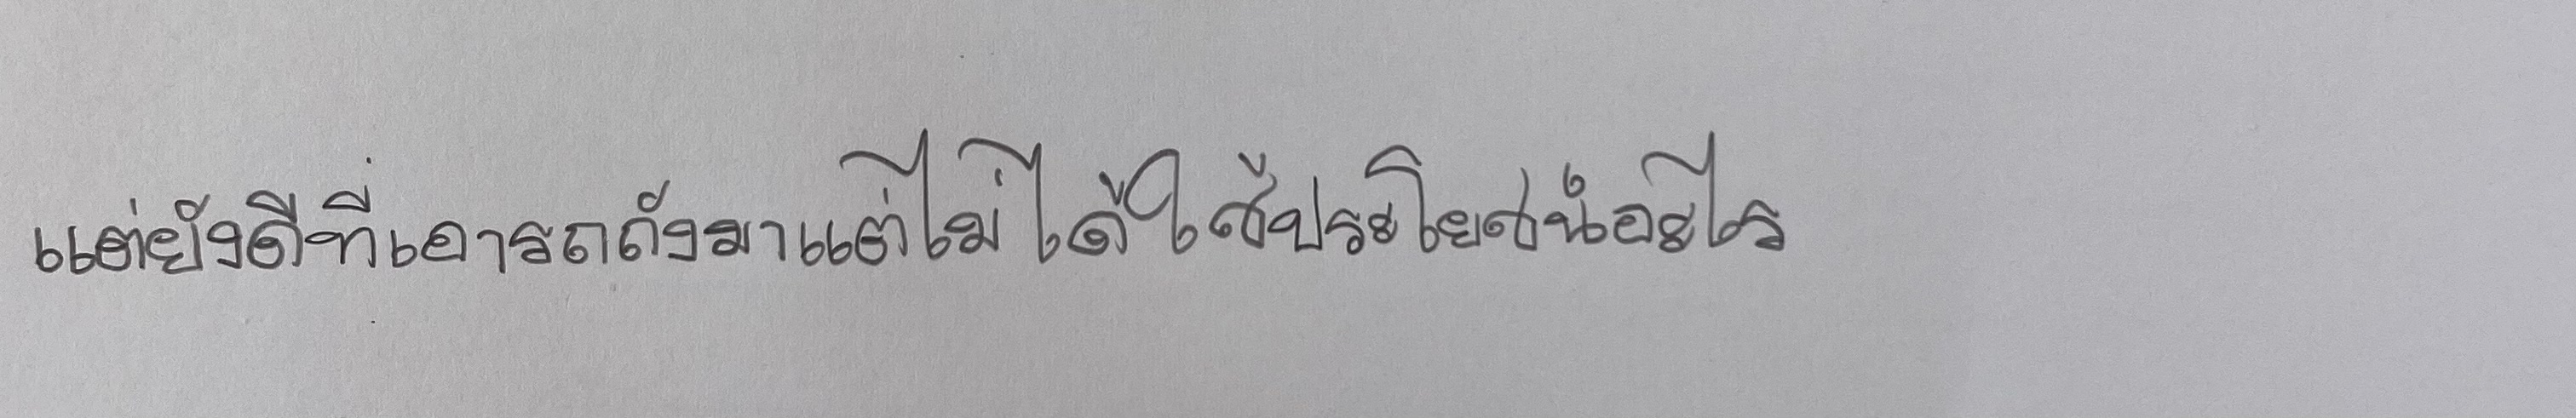
แต่ก็ยังดีที่เอารถถังมาแต่ไม่ได้ใช้ประโยชน์อะไร